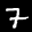
Label: 7